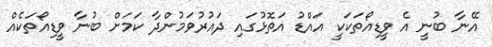
އޭނާ ބުނީ އެ ވީޑިއޯތަކަކީ އައްޑު އަތޮޅުގައި ދައުރުވަމުންދާ ކަމަށް ބުނާ ވީޑިއޯތަކެއް